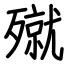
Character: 殧